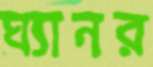
ঘ্যানর